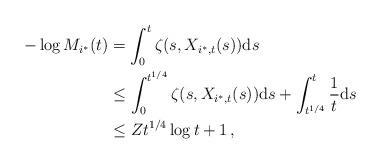
LaTeX: \begin{align*}-\log M_{i^*}(t)& = \int_0^t \zeta(s,X_{i^*,t}(s)) \mathrm{d}s \\& \le \int_0^{t^{1/4}} \zeta(s,X_{i^*,t}(s))\mathrm{d}s + \int_{t^{1/4}}^t \frac{1}{t}\mathrm{d}s\, \\& \le Zt^{1/4}\log t + 1\, ,\end{align*}